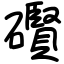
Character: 礥